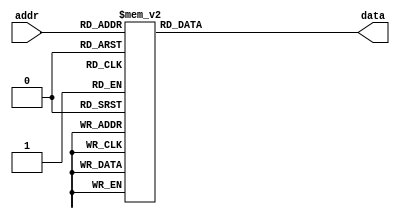
module rom2 (input wire [3:0] addr, output reg [7:0] data);
    always @(addr) begin
        case(addr)
            4'b0000: data = 8'b01000001; // A
            4'b0001: data = 8'b01010011; // S
            4'b0010: data = 8'b01010011; // S
            4'b0011: data = 8'b01001001; // I
            4'b0100: data = 8'b01000111; // G
            4'b0101: data = 8'b01001110; // N
            4'b0110: data = 8'b01001101; // M
            4'b0111: data = 8'b01000101; // E
            4'b1000: data = 8'b01001110; // N
            4'b1001: data = 8'b01010100; // T
			4'b1010: data = 8'b00100000;
            default: data = 8'b00000000;
        endcase
    end
endmodule